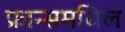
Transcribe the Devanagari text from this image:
फ्रान्समधिल